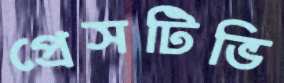
প্রেসটিভি